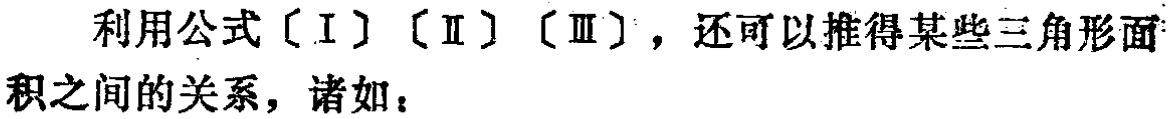
利用公式〔I〕〔II〕〔III〕，还可以推得某些三角形面积之间的关系，诸如：